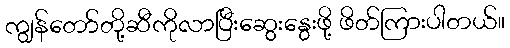
ကျွန်တော်တို့ဆီကိုလာပြီးဆွေးနွေးဖို့ ဖိတ်ကြားပါတယ်။